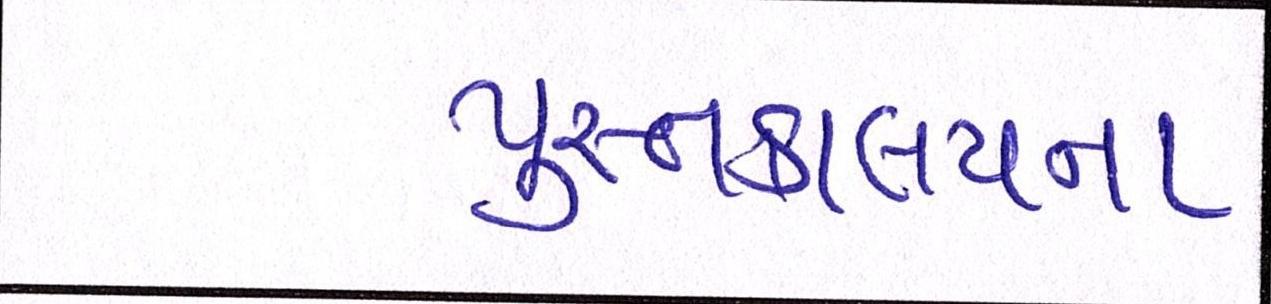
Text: પુસ્તકાલયના